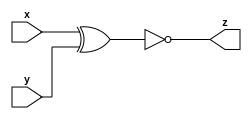
module top_module ( input x, input y, output z );

    xnor(z, x, y);
    
endmodule